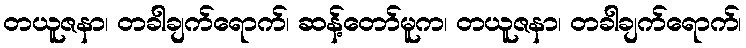
တယူဇနာ၊ တခါချက်ရောက်၊ ဆန့်တော်မူက၊ တယူဇနာ၊ တခါချက်ရောက်၊